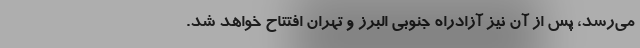
می‌رسد، پس از آن نیز آزادراه جنوبی البرز و تهران افتتاح خواهد شد.